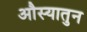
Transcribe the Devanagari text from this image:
औस्यातुन